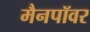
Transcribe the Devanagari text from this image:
मैनपॉवर